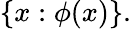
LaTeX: \{ x:\phi(x)\} .